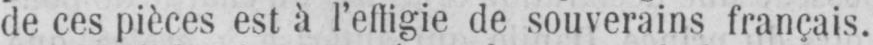
de ces pièces est à l’effigie de souverains français.